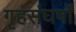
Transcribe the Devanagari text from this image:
गृहसंघर्षों